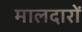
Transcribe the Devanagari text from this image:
मालदारों